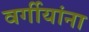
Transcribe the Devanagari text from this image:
वर्गीयांना